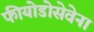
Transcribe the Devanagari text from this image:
फीयोडोसेवेना